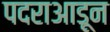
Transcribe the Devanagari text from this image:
पदराआडून